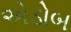
એડોબ